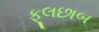
ફૂલછાબ